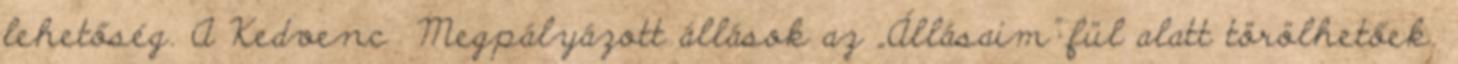
lehetőség. A Kedvenc Megpályázott állások az „Állásaim” fül alatt törölhetőek.